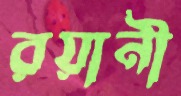
রয়ানী